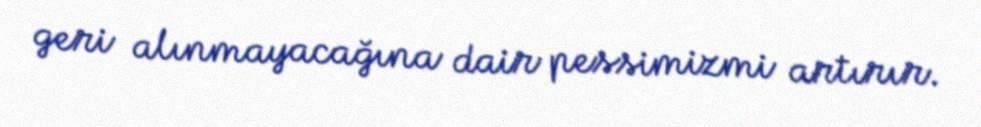
geri alınmayacağına dair pessimizmi artırır.